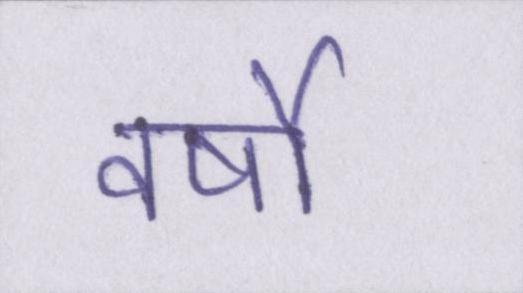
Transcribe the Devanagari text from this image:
वर्षो